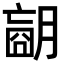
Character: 𦟁